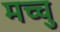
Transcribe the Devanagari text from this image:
मच्चु